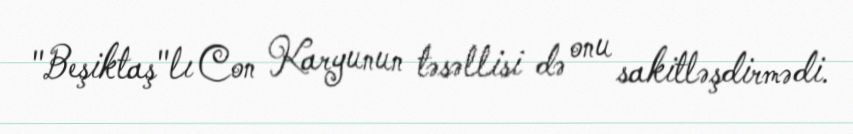
"Beşiktaş"lı Con Karyunun təsəllisi də onu sakitləşdirmədi.